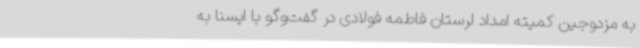
به مزدوجین کمیته امداد لرستان فاطمه فولادی در گفت‌وگو با ایسنا به